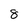
Character: 8